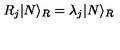
R _ { j } | N \rangle _ { R } = \lambda _ { j } | N \rangle _ { R }